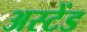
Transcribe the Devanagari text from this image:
अस्टेंड